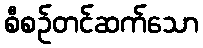
စီစဉ်တင်ဆက်သော